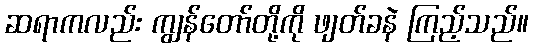
ဆရာကလည်း ကျွန်တော်တို့ကို ဖျတ်ခနဲ ကြည့်သည်။